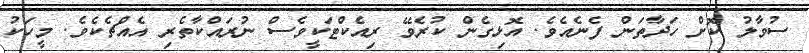
ސުވާލު ކޮށް ހަދާތަން ފެނެއެވެ. އޮޅިގެން ކުރެވޭ ރިއެކްޓަކީވެސް ނުރައްކާތެރި އެއްޗެކެވެ. މީހަކު